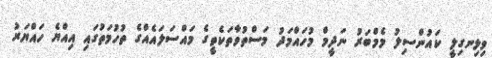
ވިލިނގިލީ ކައުންސިލު މެމްބަރު ނަދީމް މުހައްމަދު މަސްތުވާތަކެތީގެ މައްސަލައެއްގެ ތުހުމަތުގައި އިއްޔެ ހައްޔަރު